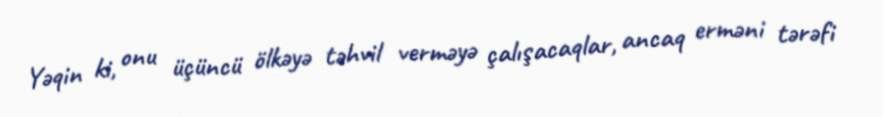
Yəqin ki, onu üçüncü ölkəyə təhvil verməyə çalışacaqlar, ancaq erməni tərəfi